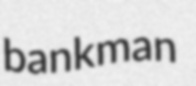
bankman